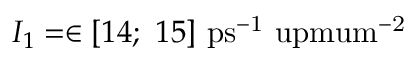
I _ { 1 } = \in [ 1 4 ; ~ 1 5 ] ~ \mathrm { p s ^ { - 1 } \ u p m u m ^ { - 2 } }